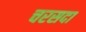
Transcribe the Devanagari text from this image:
चरसदा